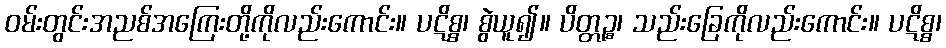
ဝမ်းတွင်းအညစ်အကြေးတို့ကိုလည်းကောင်း။ ပဋိစ္စ၊ စွဲယူ၍။ ပိတ္တဉ္စ၊ သည်းခြေကိုလည်းကောင်း။ ပဋိစ္စ၊